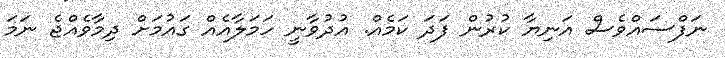
ނަފްސައްވެސް އަނިޔާ ކުރުން ފަދަ ކަމެއް. އުދުވާނީ ހަމަލާއެއް ގައުމަށް ދިމާވެއްޖެ ނަމަ